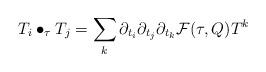
LaTeX: \begin{align*} T_i \bullet_\tau T_j = \sum_k \partial_{t_i} \partial_{t_j} \partial_{t_k} \mathcal{F}(\tau,Q) T^k \end{align*}